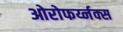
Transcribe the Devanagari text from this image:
ओरोफर्य्नक्स